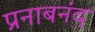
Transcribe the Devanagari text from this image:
प्रनाबनंद